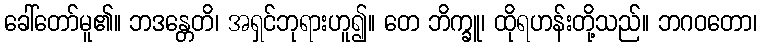
ခေါ်တော်မူ၏။ ဘဒန္တေတိ၊ အရှင်ဘုရားဟူ၍။ တေ ဘိက္ခူ၊ ထိုရဟန်းတို့သည်။ ဘဂဝတော၊